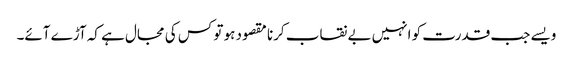
ویسے جب قدرت کو انہیں بے نقاب کرنا مقصود ہو تو کس کی مجال ہے کہ آڑے آئے۔